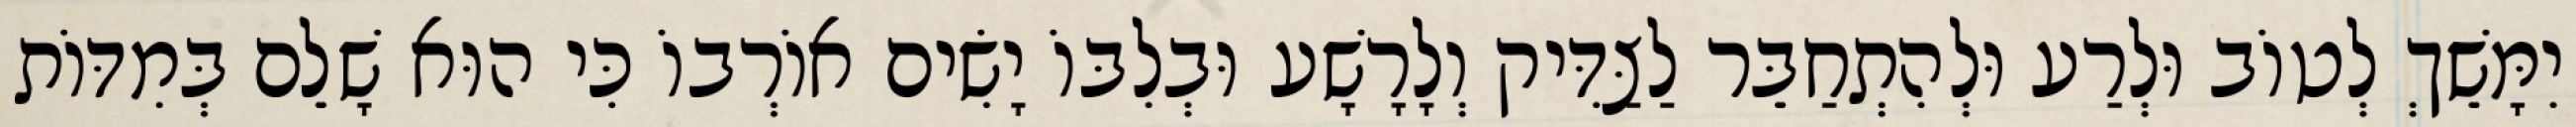
יִמָּשֵׁךְ לְטוֹב וּלְרַע וּלְהִתְחַבֵּר לַצַּדִּיק וְלָרָשָׁע וּבְלִבּוֹ יָשִׂים אוֹרְבוֹ כִּי הוּא שָׁלֵם בְּמִדּוֹת